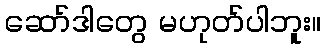
ဆော်ဒါတွေ မဟုတ်ပါဘူး။